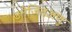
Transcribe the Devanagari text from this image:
उत्तेजितअणु